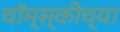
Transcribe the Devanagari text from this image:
चॉम्स्कीच्या